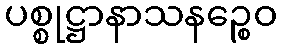
ပစ္စုဋ္ဌာနာသနဉ္စေဝ